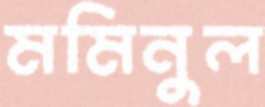
মমিনুল